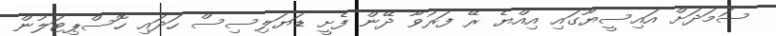
ސަމަދަށް އައިސީޔޫގައި އިއްޔެ ރޭ ފަރުވާ ދޭން ފެށީ ޑަޔަލިސިސް ހަދައި ހޮސްޕިޓަލުން